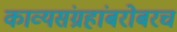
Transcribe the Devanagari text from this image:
काव्यसंग्रहांबरोबरच